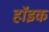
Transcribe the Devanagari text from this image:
हॉइक